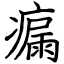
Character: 瘺